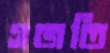
গজতি